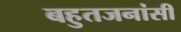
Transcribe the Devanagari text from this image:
बहुतजनांसी